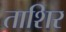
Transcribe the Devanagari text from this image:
ताशिर